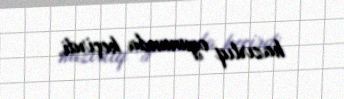
hazırlıq oyununda keçirdi.